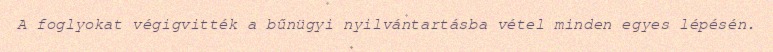
A foglyokat végigvitték a bűnügyi nyilvántartásba vétel minden egyes lépésén.